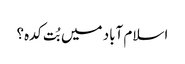
اسلام آباد میں بُت کدہ؟